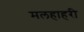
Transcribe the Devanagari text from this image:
मलहाहरी